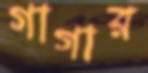
গাগার